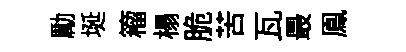
勵埏籕榻脆苦瓦最鳯